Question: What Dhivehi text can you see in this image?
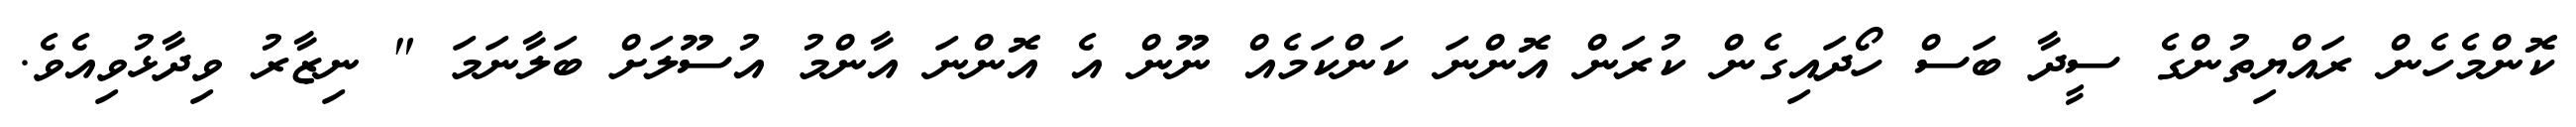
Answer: ކޮންމެހެން ރައްޔިތުންގެ ސީދާ ބަސް ހޯދައިގެން ކުރަން އޮންނަ ކަންކަމެއް ނޫން އެ އޮންނަ އާންމު އުސޫލަށް ބަލާނަމަ " ނިޒާރު ވިދާޅުވިއެވެ.